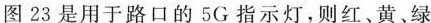
图23是用于路口的5G指示灯，则红、黄，绿